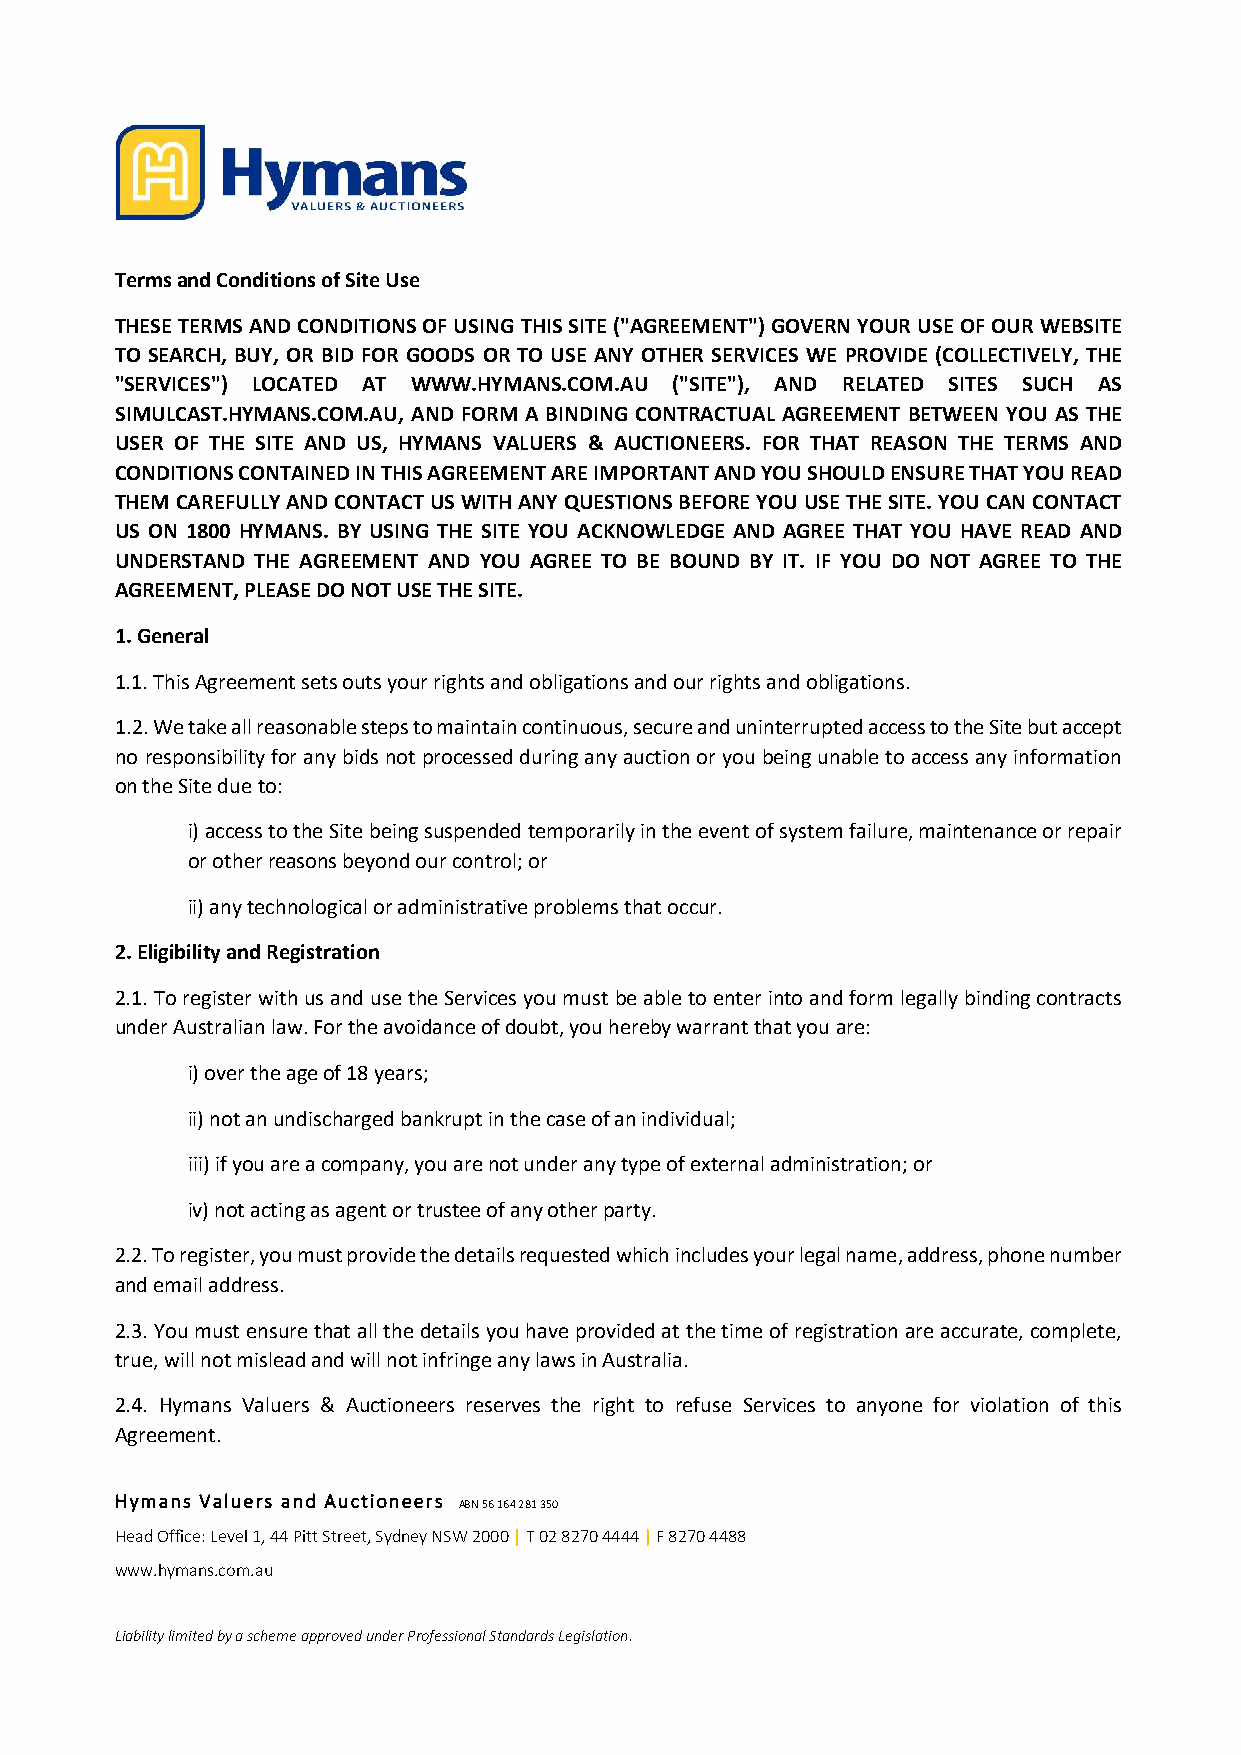
Terms and Conditions of Site Use
 THESE TERMS AND CONDITIONS OF USING THIS SITE ("AGREEMENT") GOVERN YOUR USE OF OUR WEBSITE
 TO SEARCH, BUY, OR BID FOR GOODS OR TO USE ANY OTHER SERVICES WE PROVIDE (COLLECTIVELY, THE
 "SERVICES") LOCATED AT WWW.HYMANS.COM.AU ("SITE"), AND RELATED SITES SUCH AS
 SIMULCAST.HYMANS.COM.AU, AND FORM A BINDING CONTRACTUAL AGREEMENT BETWEEN YOU AS THE
 USER OF THE SITE AND US, HYMANS VALUERS & AUCTIONEERS. FOR THAT REASON THE TERMS AND
 CONDITIONS CONTAINED IN THIS AGREEMENT ARE IMPORTANT AND YOU SHOULD ENSURE THAT YOU READ
 THEM CAREFULLY AND CONTACT US WITH ANY QUESTIONS BEFORE YOU USE THE SITE. YOU CAN CONTACT
 US ON 1800 HYMANS. BY USING THE SITE YOU ACKNOWLEDGE AND AGREE THAT YOU HAVE READ AND
 UNDERSTAND THE AGREEMENT AND YOU AGREE TO BE BOUND BY IT. IF YOU DO NOT AGREE TO THE
 AGREEMENT, PLEASE DO NOT USE THE SITE.
 1. General
 1.1. This Agreement sets outs your rights and obligations and our rights and obligations.
 1.2. We take all reasonable steps to maintain continuous, secure and uninterrupted access to the Site but accept
 no responsibility for any bids not processed during any auction or you being unable to access any information
 on the Site due to:
 i) access to the Site being suspended temporarily in the event of system failure, maintenance or repair
 or other reasons beyond our control; or
 ii) any technological or administrative problems that occur.
 2. Eligibility and Registration
 2.1. To register with us and use the Services you must be able to enter into and form legally binding contracts
 under Australian law. For the avoidance of doubt, you hereby warrant that you are:
 i) over the age of 18 years;
 ii) not an undischarged bankrupt in the case of an individual;
 iii) if you are a company, you are not under any type of external administration; or
 iv) not acting as agent or trustee of any other party.
 2.2. To register, you must provide the details requested which includes your legal name, address, phone number
 and email address.
 2.3. You must ensure that all the details you have provided at the time of registration are accurate, complete,
 true, will not mislead and will not infringe any laws in Australia.
 2.4. Hymans Valuers & Auctioneers reserves the right to refuse Services to anyone for violation of this
 Agreement.
 Hymans Valuers and Auctioneers ABN 56 164 281 350
 Head Office: Level 1, 44 Pitt Street, Sydney NSW 2000 | T 02 8270 4444 | F 8270 4488
 www.hymans.com.au
 Liability limited by a scheme approved under Professional Standards Legislation.